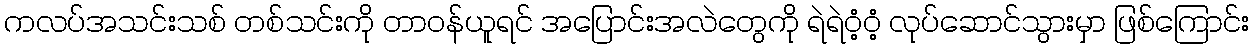
ကလပ်အသင်းသစ် တစ်သင်းကို တာဝန်ယူရင် အပြောင်းအလဲတွေကို ရဲရဲဝံ့ဝံ့ လုပ်ဆောင်သွားမှာ ဖြစ်ကြောင်း